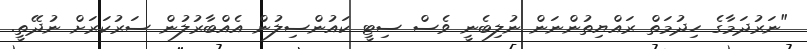
"ނަރުދަމާގެ ހިދުމަތް ރައްޔިތުންނަން ނުލިބެނީ ވެސް ސިޓީ ކައުންސިލުން އެއްބާރުލުން ސަރުކަރަށް ނުދޭތީ.